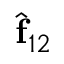
\hat { \bf f } _ { 1 2 }